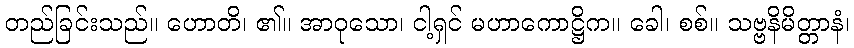
တည်ခြင်းသည်။ ဟောတိ၊ ၏။ အာဝုသော၊ ငါ့ရှင် မဟာကောဋ္ဌိက။ ခေါ၊ စစ်။ သဗ္ဗနိမိတ္တာနံ၊